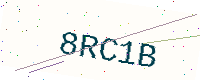
Text: 8RC1B